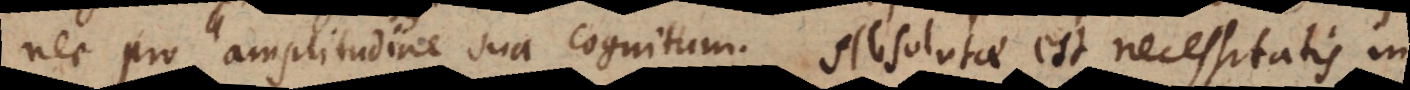
nec pro amplitudine sua cognitum. Absolutae est necessitatis in